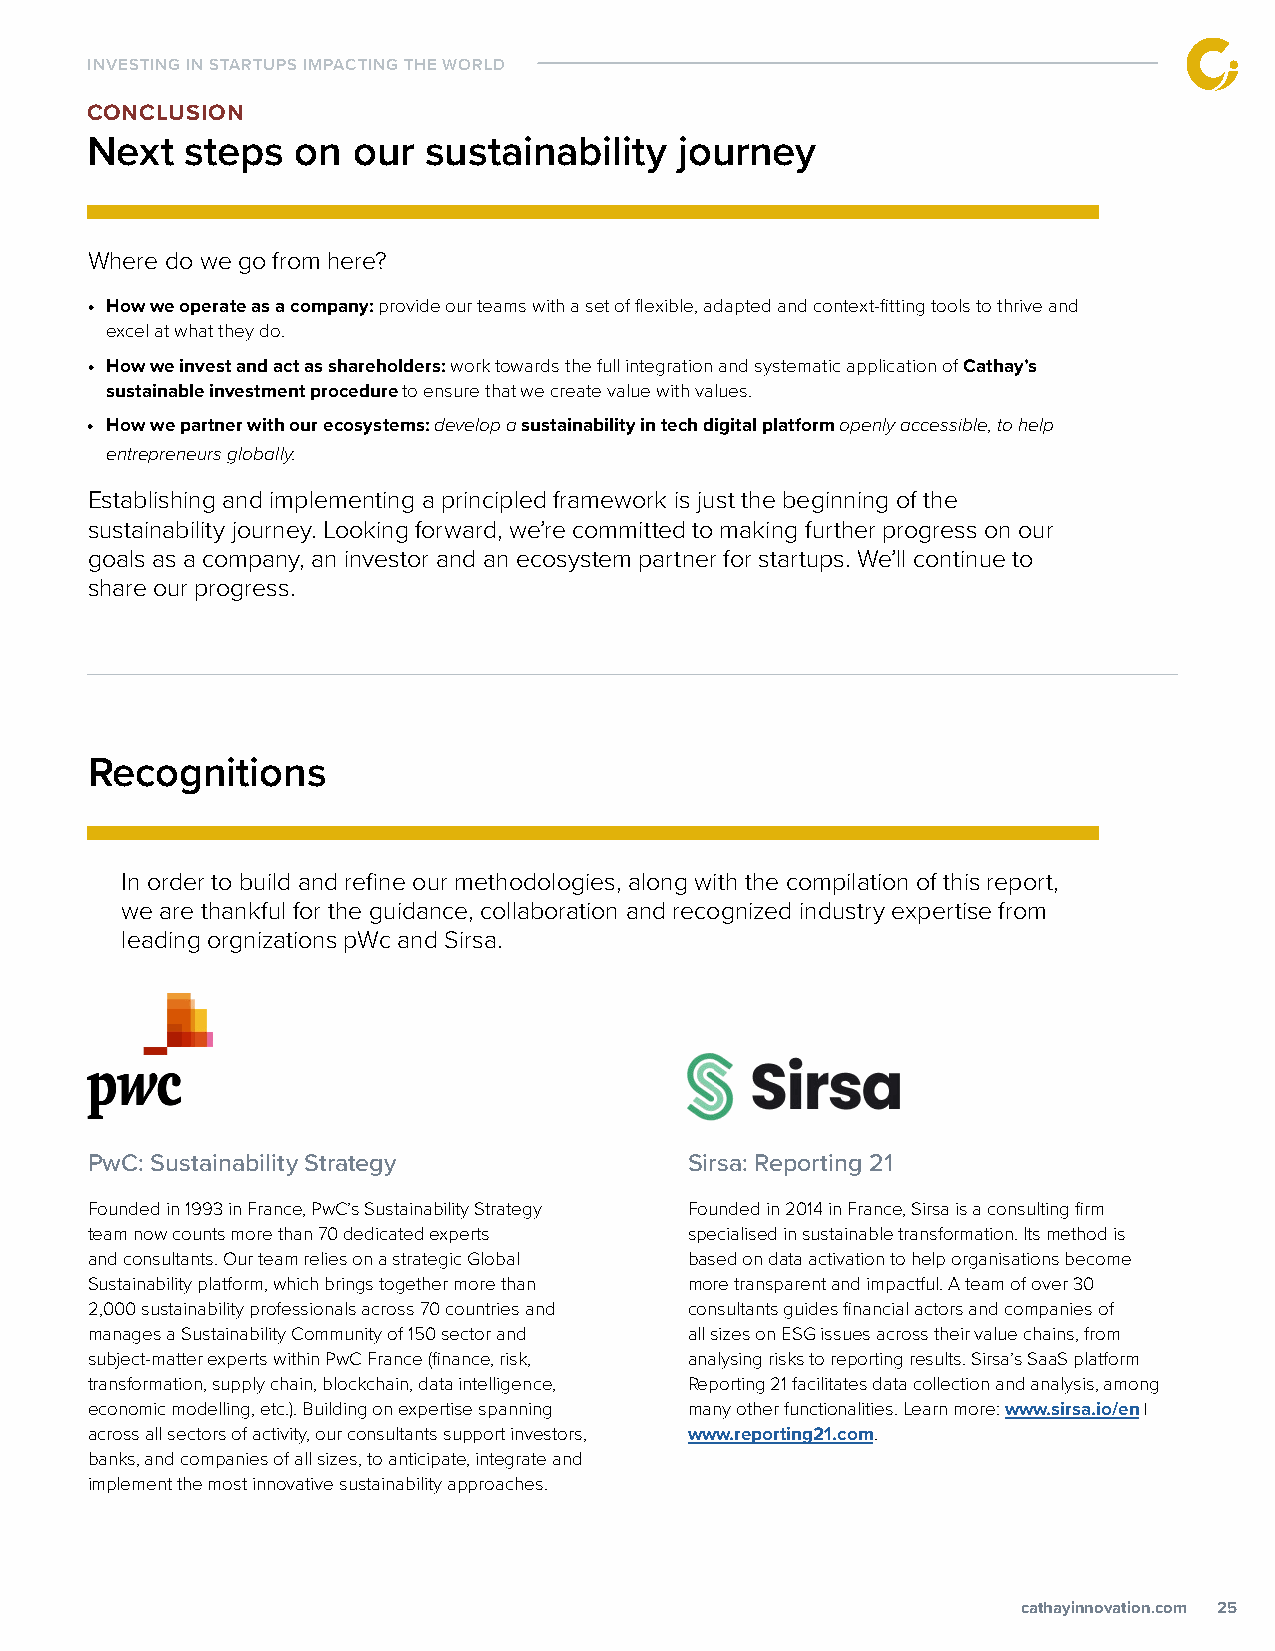
INVESTING IN STARTUPS IMPACTING THE WORLD
 CONCLUSION
 Next  steps   on our  sustainability   journey
 Where do we go from here?
 • How we operate as a company: provide our teams with a set of flexible, adapted and context-fitting tools to thrive and
 excel at what they do.
 • How we invest and act as shareholders: work towards the full integration and systematic application of Cathay’s
 sustainable investment procedure to ensure that we create value with values.
 • How we partner with our ecosystems: develop a sustainability in tech digital platform openly accessible, to help
 entrepreneurs globally.
 Establishing and implementing a principled framework is just the beginning of the
 sustainability journey. Looking forward, we’re committed to making further progress on our
 goals as a company, an investor and an ecosystem partner for startups. We’ll continue to
 share our progress.
 Recognitions
 In order to build and refine our methodologies, along with the compilation of this report,
 we are thankful for the guidance, collaboration and recognized industry expertise from
 leading orgnizations pWc and Sirsa.
 PwC: Sustainability Strategy            Sirsa: Reporting 21
 Founded in 1993 in France, PwC’s Sustainability Strategy Founded in 2014 in France, Sirsa is a consulting firm
 team now counts more than 70 dedicated experts specialised in sustainable transformation. Its method is
 and consultants. Our team relies on a strategic Global based on data activation to help organisations become
 Sustainability platform, which brings together more than more transparent and impactful. A team of over 30
 2,000 sustainability professionals across 70 countries and consultants guides financial actors and companies of
 manages a Sustainability Community of 150 sector and all sizes on ESG issues across their value chains, from
 subject-matter experts within PwC France (finance, risk, analysing risks to reporting results. Sirsa’s SaaS platform
 transformation, supply chain, blockchain, data intelligence, Reporting 21 facilitates data collection and analysis, among
 economic modelling, etc.). Building on expertise spanning many other functionalities. Learn more: www.sirsa.io/en |
 across all sectors of activity, our consultants support investors, www.reporting21.com.
 banks, and companies of all sizes, to anticipate, integrate and
 implement the most innovative sustainability approaches.
 ccaatthhaayyiinnnnoovvaattiioonn..ccoomm 25